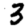
Digit: 3